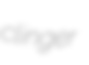
clinger